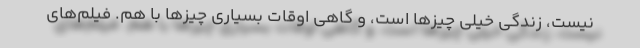
نیست، زندگی خیلی چیزها است، و گاهی اوقات بسیاری چیزها با هم. فیلم‌های